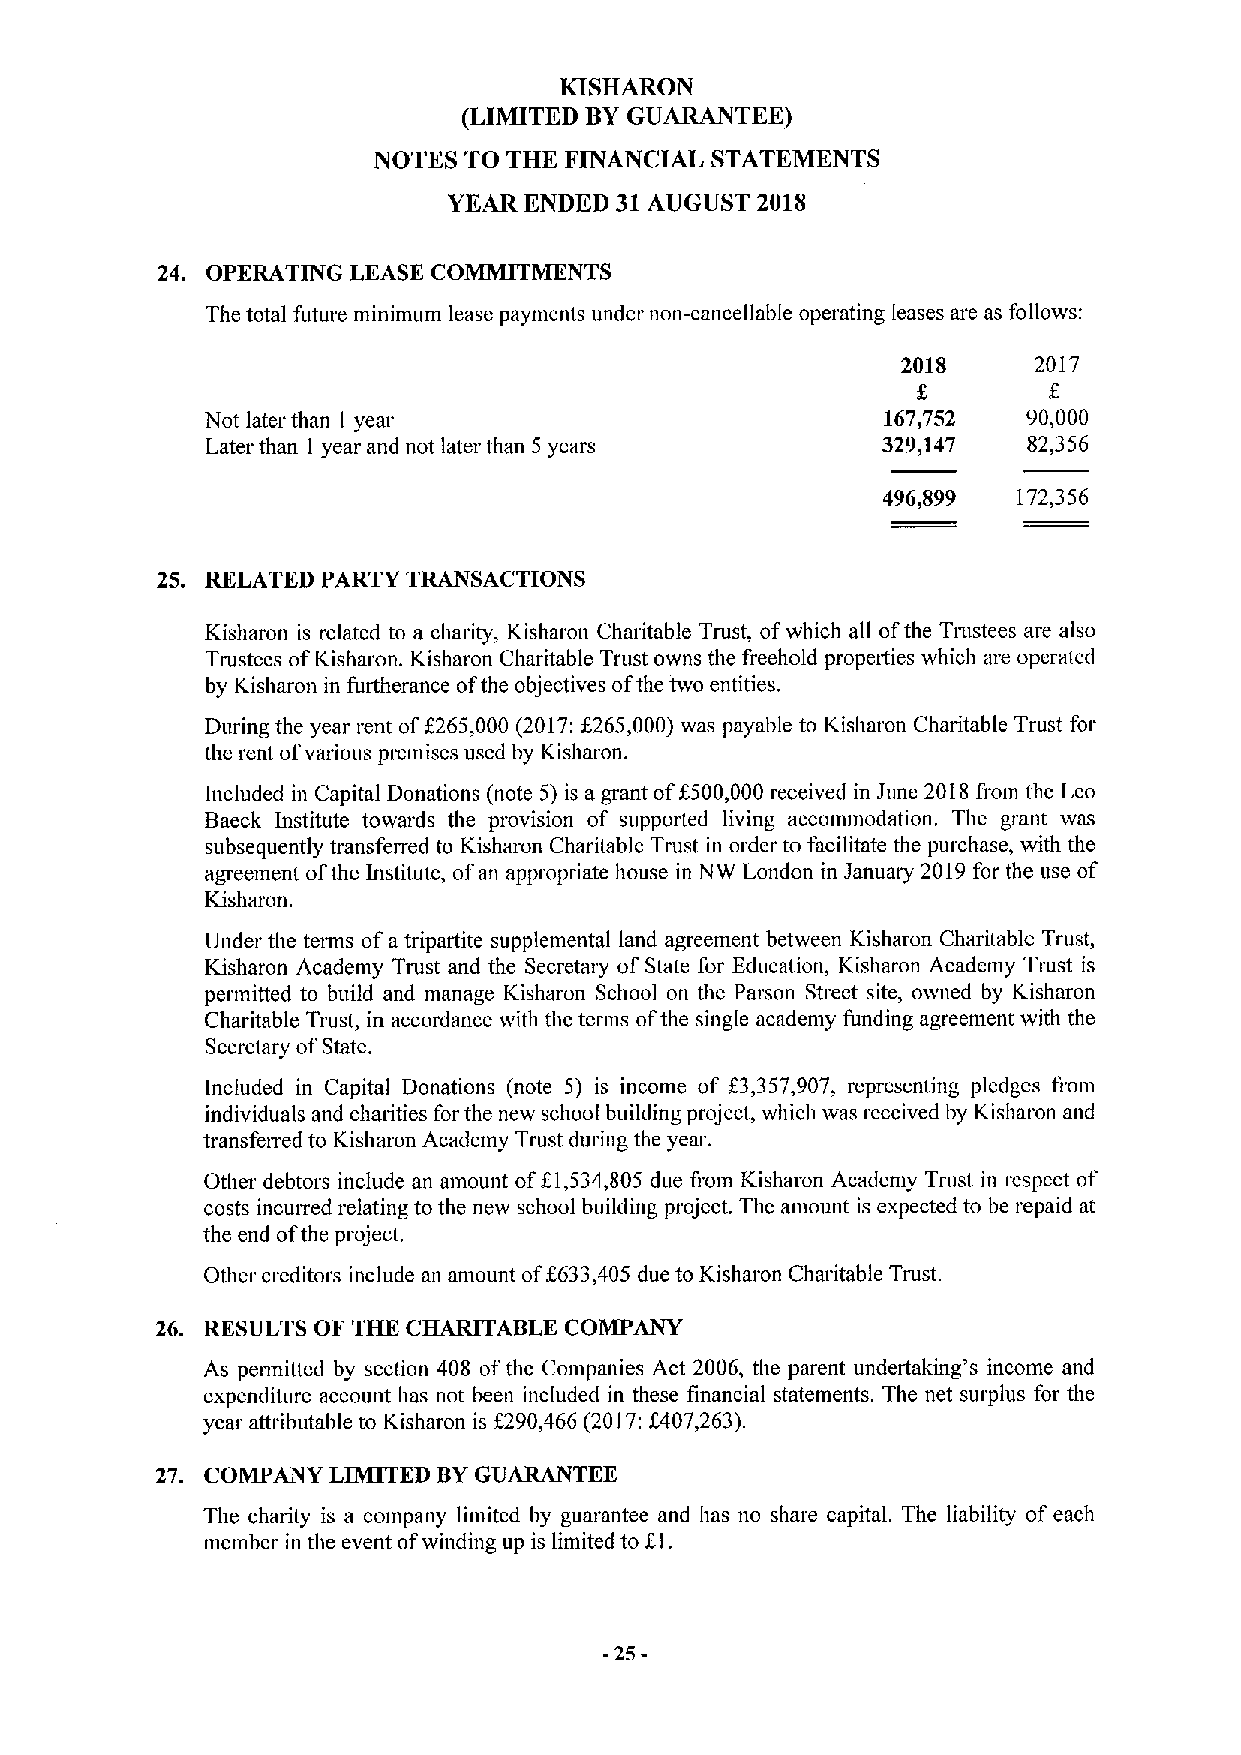
KISHARON
 (LIMITED BYGUARANTEE)
 NOTES TO THE FINANCIAL STATEMENTS
 YEAR ENDED 31AUGUST 2018
 24. OPERATING LEASE COMMITMKNTS
 The total future minimum lease payments under non-cancellable operating leases are as follows:
 2018    2017
 Not later than 1 year                       167,752   90,000
 Later than 1 year and not later than 5 years 329,147  82,356
 496,899  172,356
 25. RELATED PARTY TRANSACTIONS
 Kisharon is related to a charity, Kisharon Charitable Trust, ofwhich all ofthe Tnistees are also
 Trustees ofKisharon. Kisharon Charitable Trust owns the freehold properties which are operated
 by Kisharon in furtherance ofthe objectives ofthe two entities.
 During the year rent off265,000 (2017:f 265,000)was payable to Kisharon Charitable Trust for
 the rent ofvarious premises used by Kisharon.
 Included in Capital Donations (note 5) is a grant off 500,000 received in June 2018 fiom the Leo
 Baeck Institute towards the provision of suppoited living accommodation. The grant was
 subsequently transferred to Kisharon Charitable Trust in order to facilitate the purchase, with the
 agreement ofthe Institute, ofan appropriate house in NW London in Januaiy 2019for the use of
 Kisharon.
 Under the teims ofa tripartite supplemental land agreement between Kisharon Charitable Trust,
 Kisharon Academy Trust and the Secretaiy ofState for Education, Kisharon Academy Trust is
 permitted to build and manage Kisharon School on the Parson Street site, owned by Kisharon
 Charitable Tiust, in accordance with the terms ofthe single academy funding agreentent with the
 Secretary ofState.
 Included in Capital Donations (note 5) is income of f3,357,907, representing pledges from
 individuals and charities for the new school building project, which was received by Kisharon and
 transfen ed to Kisharon Academy Trust during the year.
 Other debtors include an amount of81,534,805 due fiom Kisharon Academy Trust in respect of
 costs incuned relating to the new school building project. The amount is expected to be repaid at
 the end ofthe project.
 Other creditors include an amount
 off
 633,405 due to Kisharon Charitable Trust.
 26. RESULTS OF THK CHARITABLE COMPANY
 As permitted by section 408 ofthe Companies Act 2006, the parent undertaking's income and
 expenditure account has not been included in these financial statements. The net surplus for the
 year attributable to Kisharon is f290,466 (2017:f407,263).
 27. COMPANY LIMITED BYGUARANTEE
 The charity is a company limited by guarantee and has no share capital. The liability of each
 member in the event ofwinding up is limited to f.l.
 -25-